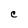
Character: C